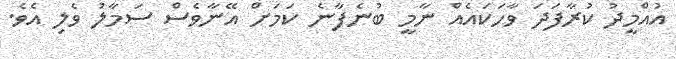
އުއްމީދު ކުރާފަދަ ވާހަކައެއް ނާމީ ބުނެފާނެ ކަމަށް އޭނާވެސް ސަމާލު ވެލި އެވެ.